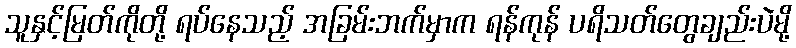
သူနှင့်မြတ်ကိုတို့ ရပ်နေသည့် အခြမ်းဘက်မှာက ရန်ကုန် ပရိသတ်တွေချည်းပဲမို့